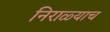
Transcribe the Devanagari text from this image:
निराळ्याच